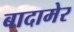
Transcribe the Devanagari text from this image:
बादामेर